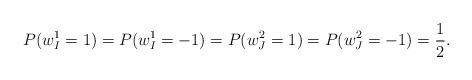
LaTeX: \begin{align*}P(w^1_I=1)=P(w^1_I=-1)=P(w^2_J=1)=P(w^2_J=-1)=\frac{1}{2}.\end{align*}